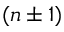
( n \pm 1 )